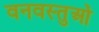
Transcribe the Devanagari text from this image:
वनवस्तुओं